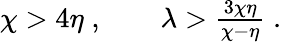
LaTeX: \begin{array}{r}{\chi>4\eta\; ,\qquad\lambda>\frac{3\chi\eta}{\chi-\eta}\; .}\end{array}